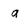
Character: a